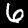
Label: 6